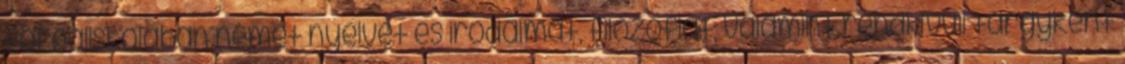
főreáliskolában német nyelvet és irodalmat, filozófiát, valamint rendkívüli tárgyként